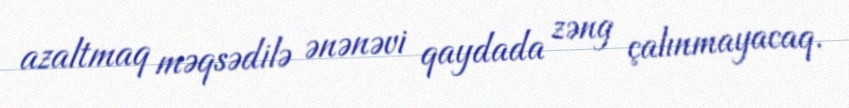
azaltmaq məqsədilə ənənəvi qaydada zəng çalınmayacaq.